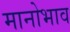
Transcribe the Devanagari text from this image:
मानोभाव